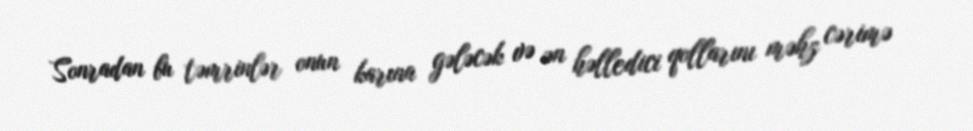
Sonradan bu təmrinlər onun karına gələcək və ən həlledici qollarını məhz cərimə